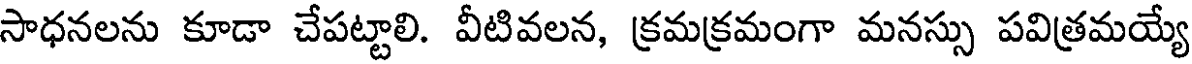
సాధనలను కూడా చేపట్టాలి. వీటివలన, క్రమక్రమంగా మనస్సు పవిత్రమయ్యే